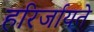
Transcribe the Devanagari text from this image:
हरिर्जायते